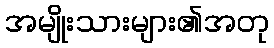
အမျိုးသားများ၏အတု